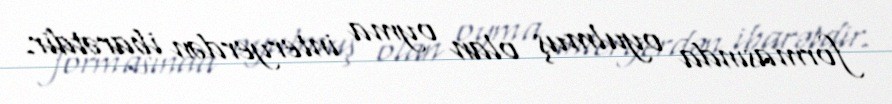
formasında oyulmuş olan oyma interyerdən ibarətdir.